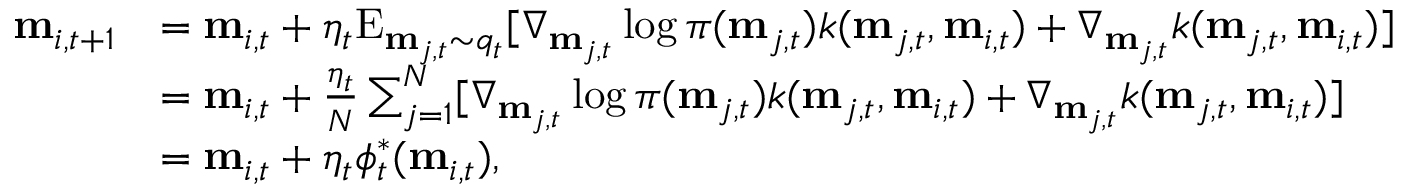
\begin{array} { r l } { \mathbf { m } _ { i , t + 1 } } & { = \mathbf { m } _ { i , t } + \eta _ { t } \mathrm { E } _ { \mathbf { m } _ { j , t } \sim q _ { t } } [ \nabla _ { \mathbf { m } _ { j , t } } \log \pi ( \mathbf { m } _ { j , t } ) k ( \mathbf { m } _ { j , t } , \mathbf { m } _ { i , t } ) + \nabla _ { \mathbf { m } _ { j , t } } k ( \mathbf { m } _ { j , t } , \mathbf { m } _ { i , t } ) ] } \\ & { = \mathbf { m } _ { i , t } + \frac { \eta _ { t } } { N } \sum _ { j = 1 } ^ { N } [ \nabla _ { \mathbf { m } _ { j , t } } \log \pi ( \mathbf { m } _ { j , t } ) k ( \mathbf { m } _ { j , t } , \mathbf { m } _ { i , t } ) + \nabla _ { \mathbf { m } _ { j , t } } k ( \mathbf { m } _ { j , t } , \mathbf { m } _ { i , t } ) ] } \\ & { = \mathbf { m } _ { i , t } + \eta _ { t } \phi _ { t } ^ { \ast } ( \mathbf { m } _ { i , t } ) , } \end{array}